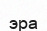
эра